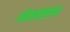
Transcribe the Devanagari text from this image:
ओळख्लाा